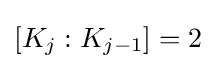
[K_{j}:K_{j-1}]=2